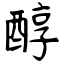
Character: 醇